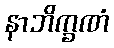
နာဘိက္ခဏံ